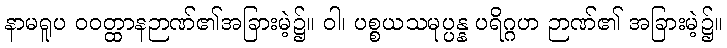
နာမရူပ ဝဝတ္ထာနဉာဏ်၏အခြားမဲ့၌။ ဝါ၊ ပစ္စယသမုပ္ပန္န ပရိဂ္ဂဟ ဉာဏ်၏ အခြားမဲ့၌။